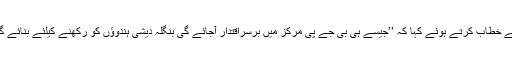
نریندرمودی نے آسام کے رام نگر میں ایک جلسہ عام سے خطاب کرتے ہوئے کہا کہ ’’جیسے ہی بی جے پی مرکز میں برسراقتدار آجائے گی بنگلہ دیشی ہندوؤں کو رکھنے کیلئے بنائے گئے تمام حراستی مراکز برخاست کردیئے جائیں گے ‘‘ ۔